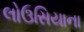
લોઉસિયાના